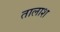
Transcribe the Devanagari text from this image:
तालाश